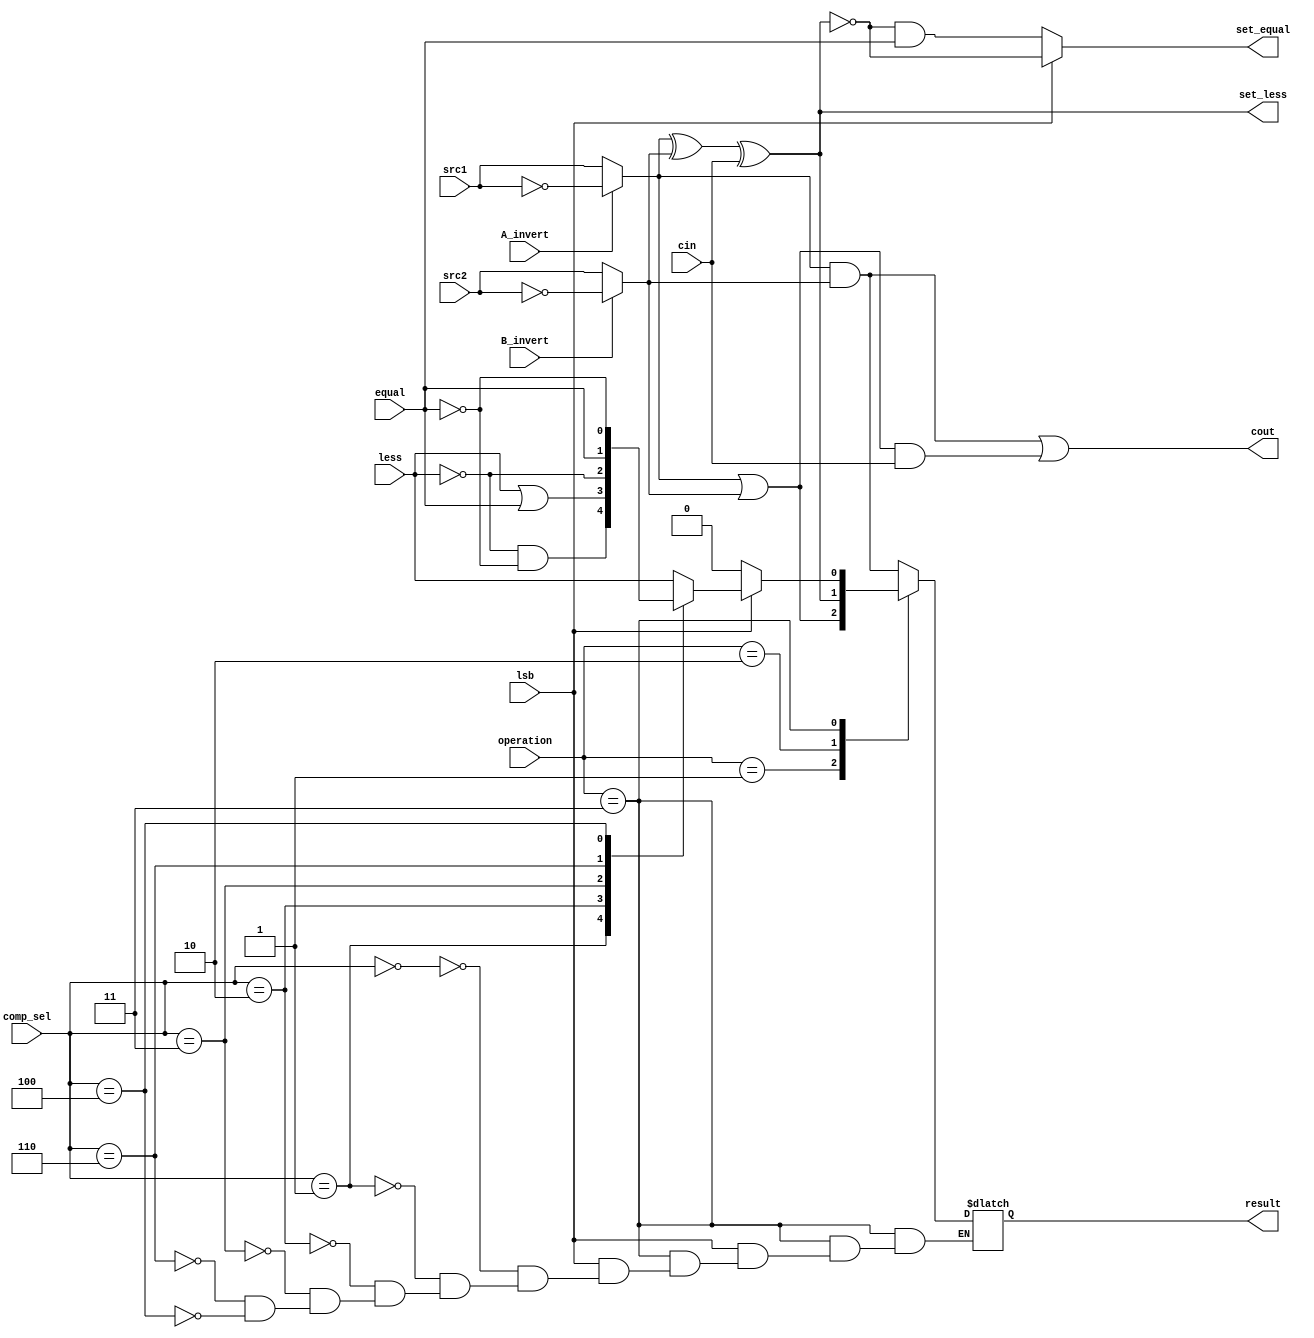
//0316055_0316313
`timescale 1ns/1ps

module alu_top(
    input           src1,       //1 bit source 1 (input)
    input           src2,       //1 bit source 2 (input)
    input           less,       //1 bit less     (input)
    input           equal,
    input           A_invert,   //1 bit A_invert (input)
    input           B_invert,   //1 bit B_invert (input)
    input           cin,        //1 bit carry in (input)
    input [1:0]     operation,  //operation      (input)
    input [2:0]     comp_sel,
    input           lsb,        //if it is LSB
    output reg      result,     //1 bit result   (output)
    output          cout,       //1 bit carry out(output)
    output          set_less,   //set less for the first alu_top
    output          set_equal
    );

    localparam [1:0] OP_AND = 2'b00, OP_OR = 2'b01, OP_ADD = 2'b10, OP_LESS = 2'b11;
    localparam [2:0] CMP_SLT=3'b000, CMP_SGT=3'b001, CMP_SLE=3'b010, CMP_SGE=3'b011, CMP_SEQ=3'b110, CMP_SNE=3'b100;
    wire a, b;
    wire g, p;
    wire add_result;

    assign a = A_invert? !src1: src1;
    assign b = B_invert? !src2: src2;
    assign g = a & b;
    assign p = a | b;
    assign cout = g | (p&cin);
    assign add_result = a ^ b ^ cin;
    assign set_less = add_result;
    assign set_equal = lsb? !add_result: (!add_result & equal);

    always @(*) begin
        case(operation)
            OP_AND:
                result = g;
            OP_OR:
                result = p;
            OP_ADD:
                result = add_result;
            OP_LESS: begin
                if (lsb) begin
                    case(comp_sel)
                        CMP_SLT:
                            result = less;
                        CMP_SGT:
                            result = !less && !equal;
                        CMP_SLE:
                            result = less || equal;
                        CMP_SGE:
                            result = !less;
                        CMP_SEQ:
                            result = equal;
                        CMP_SNE:
                            result = !equal;
                    endcase
                end
                else begin
                    result = 0;
                end
            end
                
        endcase
    end

endmodule